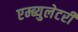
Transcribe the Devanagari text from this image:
एम्ब्युलेटरी